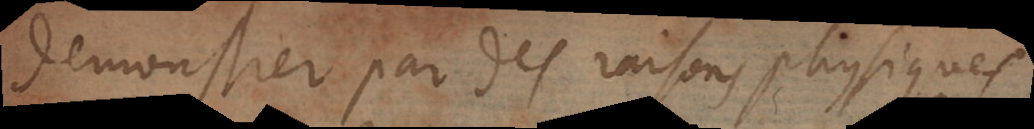
demonstrer par des raisons physiques